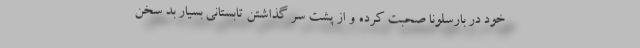
خود در بارسلونا صحبت کرده و از پشت سر گذاشتن تابستانی بسیار بد سخن